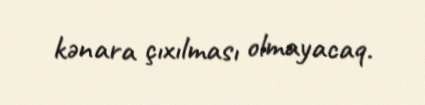
kənara çıxılması olmayacaq.